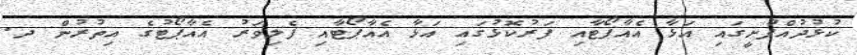
ކުޅުދުއްފުށީގައި އަޅާ އެއާޕޯޓާއި ފަރުކޮޅުގައި އަޅާ އެއާޕޯޓާއި ފެލިވަރު އެއާޕޯޓުގެ އިތުރުން ދ.